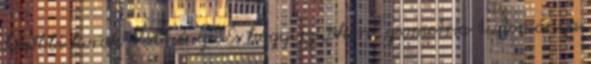
későbbi korok eredménye. És hogy az „ókori” geometria tudománya